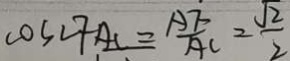
\cos \angle F A C = \frac { A F } { A C } = \frac { \sqrt { 2 } } { 2 }